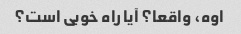
اوه، واقعا؟ آیا راه خوبی است؟